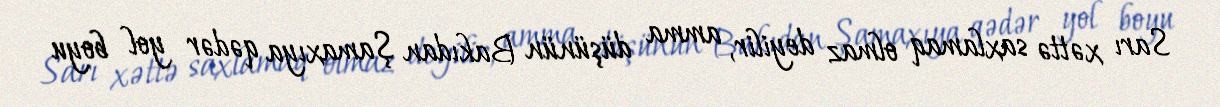
Sarı xəttə saxlamaq olmaz deyilir, amma düşünün Bakıdan Şamaxıya qədər yol boyu